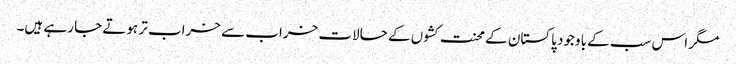
مگر اس سب کے باوجود پاکستان کے محنت کشوں کے حالات خراب سے خراب تر ہوتے جا رہے ہیں۔